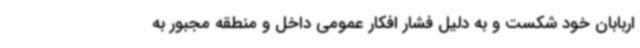
اربابان خود شکست و به دلیل فشار افکار عمومی داخل و منطقه مجبور به